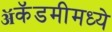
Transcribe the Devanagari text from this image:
ॲकॅडमीमध्ये